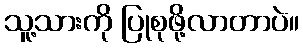
သူ့သားကို ပြုစုဖို့လာတာပဲ။